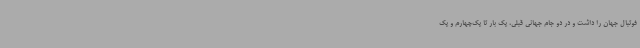
فوتبال جهان را داشت و در دو جام جهانی قبلی، یک بار تا یک‌چهارم و یک